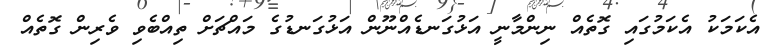
އެކަމަކު އެކަމުގައި ގޮތެއް ނިންމާނީ އަޅުގަނޑެއްނޫން އަޅުގަނޑުގެ މައްޗަށް ތިއްބެވި ވެރިން ގޮތެއް